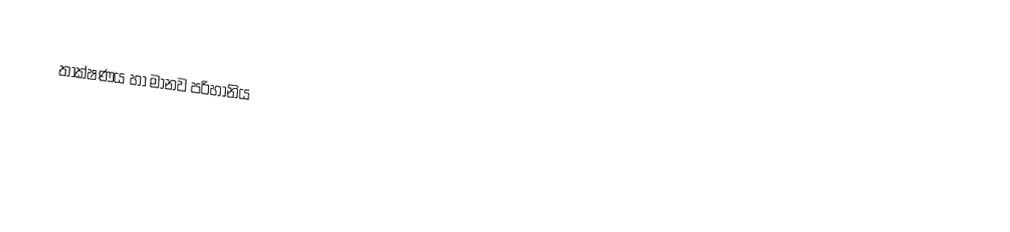
තාක්ෂණය හා මානව පරිහානිය